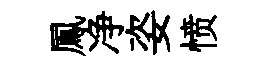
鳳净姿愤